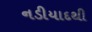
નડીયાદથી